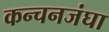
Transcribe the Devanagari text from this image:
कन्चनजंघा